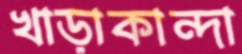
খাড়াকান্দা